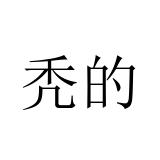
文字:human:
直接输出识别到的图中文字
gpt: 秃的